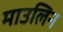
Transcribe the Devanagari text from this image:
माउलिन